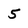
Character: 5